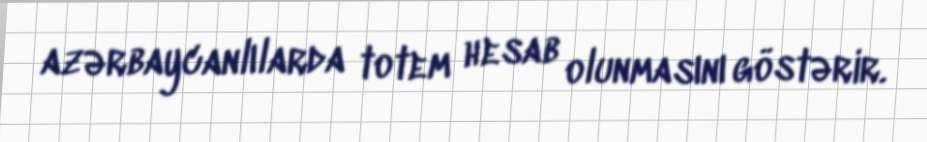
azərbaycanlılarda totem hesab olunmasını göstərir.